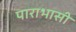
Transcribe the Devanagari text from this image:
पाराभासी